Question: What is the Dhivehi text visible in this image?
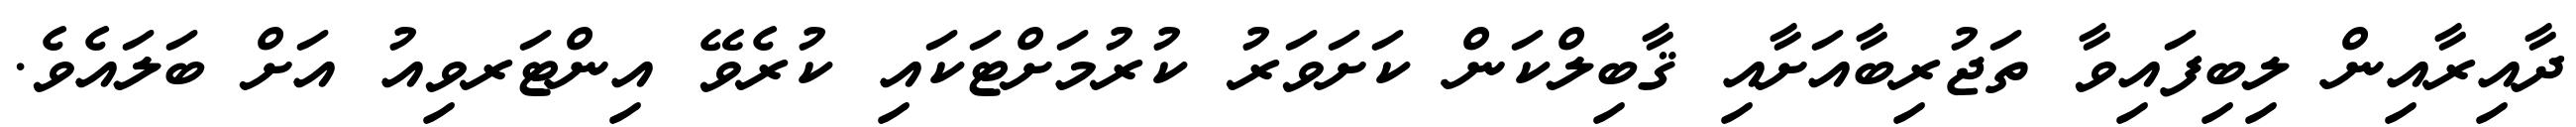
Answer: ދާއިރާއިން ލިބިފައިވާ ތަޖުރިބާއަށާއި ޤާބިލްކަން ކަށަވަރު ކުރުމަށްޓަކައި ކުރެވޭ އިންޓަރވިއު އަށް ބަލައެވެ.